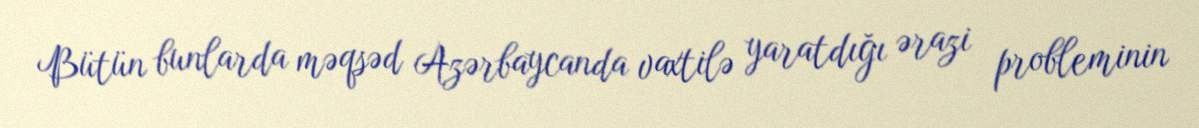
Bütün bunlarda məqsəd Azərbaycanda vaxtilə yaratdığı ərazi probleminin